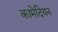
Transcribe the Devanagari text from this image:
कामेदियन